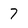
Character: 7